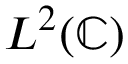
L ^ { 2 } ( \mathbb { C } )